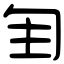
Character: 𠣕